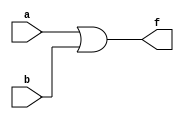
module oRk(a,b,f);
input a,b;
output f;
assign f=a|b;
endmodule